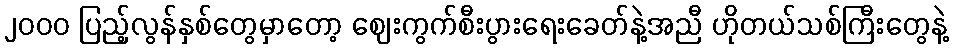
၂၀၀၀ ပြည့်လွန်နှစ်တွေမှာတော့ ဈေးကွက်စီးပွားရေးခေတ်နဲ့အညီ ဟိုတယ်သစ်ကြီးတွေနဲ့